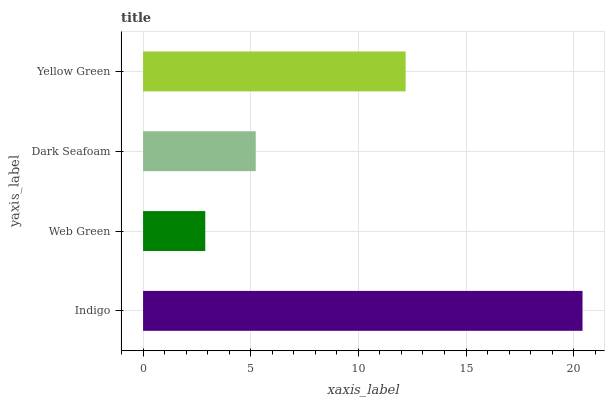
| yaxis_label | bars |
 | --- | --- |
 | Indigo | 20.4 |
 | Web Green | 2.89 |
 | Dark Seafoam | 5.23 |
 | Yellow Green | 12.2 |